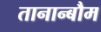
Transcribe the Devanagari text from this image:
तानान्बौम